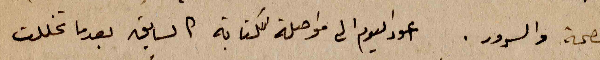
الصحة والسرور. اعود اليوم الى مواصلة الكتابة كالسابق بعدما تخللت